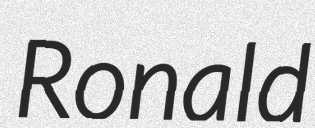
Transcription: Ronald